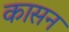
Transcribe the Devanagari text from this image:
कासन